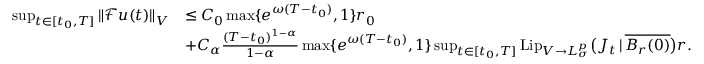
\begin{array} { r l } { \operatorname* { s u p } _ { t \in [ t _ { 0 } , T ] } \Vert \mathcal { F } u ( t ) \Vert _ { V } } & { \leq C _ { 0 } \operatorname* { m a x } \{ e ^ { \omega ( T - t _ { 0 } ) } , 1 \} r _ { 0 } } \\ & { + C _ { \alpha } \frac { ( T - t _ { 0 } ) ^ { 1 - \alpha } } { 1 - \alpha } \operatorname* { m a x } \{ e ^ { \omega ( T - t _ { 0 } ) } , 1 \} \operatorname* { s u p } _ { t \in [ t _ { 0 } , T ] } \mathrm { L i p } _ { V \to L _ { \sigma } ^ { p } } \big ( J _ { t } \, | \, \overline { { B _ { r } ( 0 ) } } \big ) r . } \end{array}